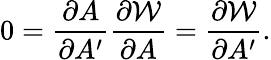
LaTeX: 0={\frac{\partial A}{\partial A^{\prime}}}{\frac{\partial{\cal W}}{\partial A}}={\frac{\partial{\cal W}}{\partial A^{\prime}}}.